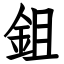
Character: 鉏